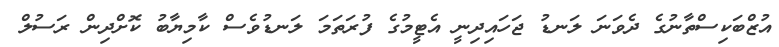
އުޒްބަކިސްތާނުގެ ދެވަނަ ލަނޑު ޖަހައިދިނީ އެޓީމުގެ ފުރަތަމަ ލަނޑުވެސް ކާމިޔާބު ކޮށްދިން ރަސުލް